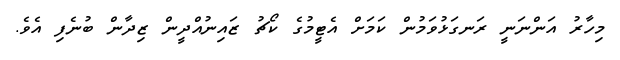
މިހާރު އަންނަނީ ރަނގަޅުވަމުން ކަމަށް އެޓީމުގެ ކޯޗު ޒައިނުއްދީން ޒިދާން ބުނެފި އެވެ.